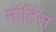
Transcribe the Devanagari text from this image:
मॉर्टिस